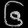
Digit: ၆